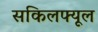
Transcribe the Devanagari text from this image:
सकिलफ्यूल